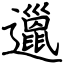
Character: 邋